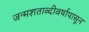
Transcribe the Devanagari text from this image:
जन्मशताब्दीवर्षापासून